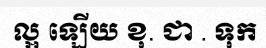
ល្អ ឡើយ ខុ. ជា . ទុក